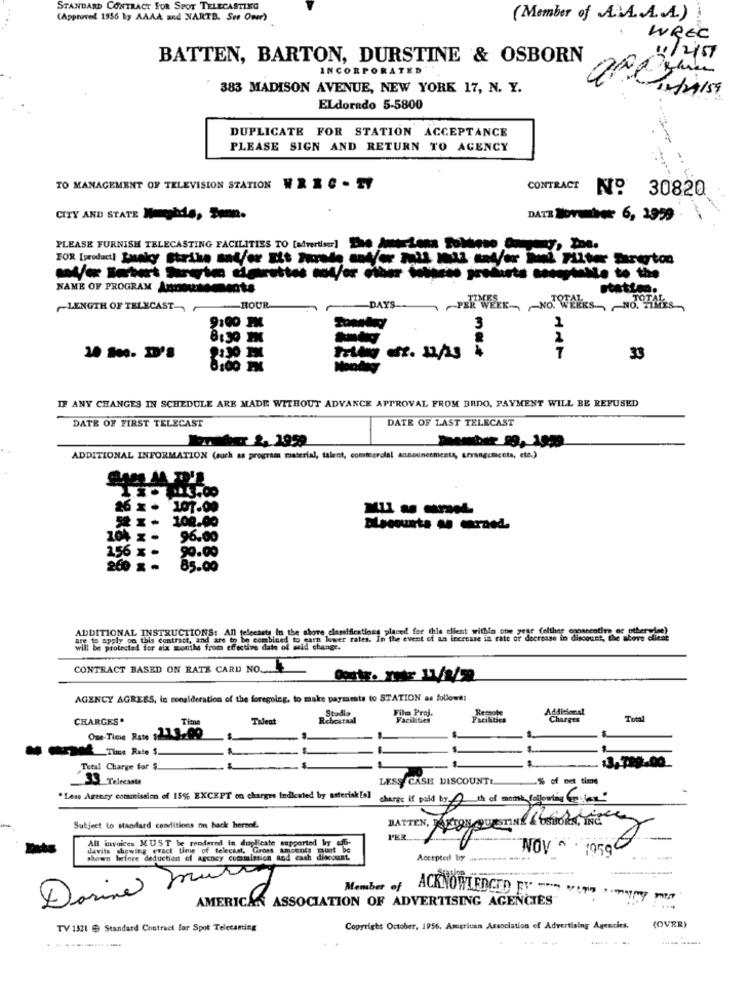
STANDARD CONTRACT FOR SPOT TELECASTING
(Approved 1956 by AAAA and NARTB. Ser Omr)
(Member of A.\A .. A .. A.)
WREC
BATTEN, BARTON, DURSTINE & OSBORN
4/25
INCORPORATED
383 MADISON AVENUE, NEW YORK 17, N. Y.
ELdorado 5-5800
DUPLICATE FOR STATION ACCEPTANCE
PLEASE SIGN AND RETURN TO AGENCY
TO MANAGEMENT OF TELEVISION STATION
CONTRACT
No 30820
CITY AND STATE Weghis, Senn.
DATE November 6, 1979
PLEASE FURNISH TELECASTING FACILITIES TO [advertiser] The AmerLena Solose Omgeny, The.
------- te
NAME OF PROGRAM Annousements
statten.
~LENGTH OF TELECAST-
-- HOUR
-DAYS
PER WEEK~ ~ NO WEEKS, NO. HANES
9:00 PM
1
8:30 20
2
33
IF ANY CHANGES IN SCHEDULE ARE MADE WITHOUT ADVANCE APPROVAL FROM BRDO, PAYMENT WILL BE REFUSED
DATE OF FIRST TELECAST
DATE OF LAST TELECAST
ADDITIONAL INFORMATION (such as programs material, talent, commegrolal Announcements, arrangefacets, etc.)
20 x - 107.00
100.00
104 x -
96.00
156 x -
99.00
260 x -
85.00
ADDITIONAL INSTRUCTIONS: All telecasts in the above classifications placed for this client within one year Colther
ad are in be combined to earn lower rates. In the event of an increase in rate or decrease in discount. ES avecde
will be protected for six months from effective date of mid change.
CONTRACT BASED ON RATE CARD NO ...
AGENCY AGREES, is consideration of the foregoleg, to make parmamts to STATION as follows:
Stads
Film Praj.
CHARGES.
Tileat
Rehearsal
Facilities
Facilities
Total
Tim
One-Time Rate $213.00
EDM Time Rate $.
13,789.00
Total Charge for $
33 Telecasta
LESS CASH DISCOUNT !.
"Les Agency commission of 159% EXCEPT on charges Indicated by asterisk [ol
charge if paid by 4 th of monte folowing har
BATTEN, ANTON QUESTING & GEBOREN, INC
Subject to standard conditions on back hereof.
All invoices MUST be rendered in duplicate supported by aff-
F'ER
davits showing exact time of telecast. Gross amounts must be
NOV . . 1959
shown before deduction of archey commission and cash discount
Accepted by -ms
---
Member of ACKNOWLEDGED EV ---
Darina
AMERICAN ASSOCIATION OF ADVERTISING AGENCIES"
...
(OVER)
TV 1521 @ Standard Contract for Spot Telecasting
Copyright October, 1956. Asegrivan Association of Advertising Agencies